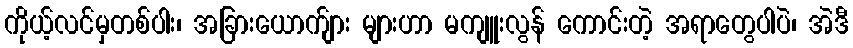
ကိုယ့်လင်မှတစ်ပါး၊ အခြားယောက်ျား များဟာ မကျူးလွန် ကောင်းတဲ့ အရာတွေပါပဲ၊ အဲဒီ